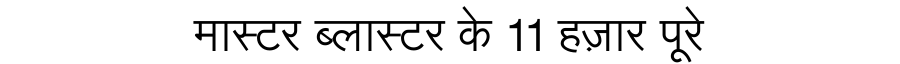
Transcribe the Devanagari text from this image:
मास्टर ब्लास्टर के 11 हज़ार पूरे